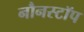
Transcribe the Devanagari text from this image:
नौनस्टॉप